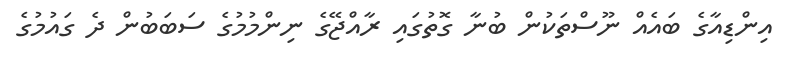
އިންޑިއާގެ ބައެއް ނޫސްތަކުން ބުނާ ގޮތުގައި ރާއްޖޭގެ ނިންމުމުގެ ސަބަބުން ދެ ގައުުމުގެ